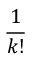
\frac { 1 } { k ! }